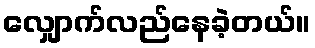
လျှောက်လည်နေခဲ့တယ်။